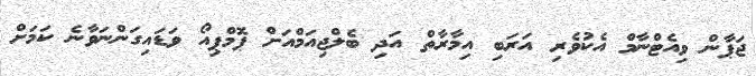
ޖަޕާން ވިއެޓްނާމް އެކުވެރި އަރަބި އިމާރާތް އަދި ބެލްޖިއަމްއަށް ޕޮމްޕިއޯ ވަޑައިގަންނަވާނެ ކަމަށް